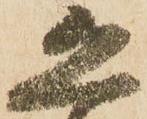
恐